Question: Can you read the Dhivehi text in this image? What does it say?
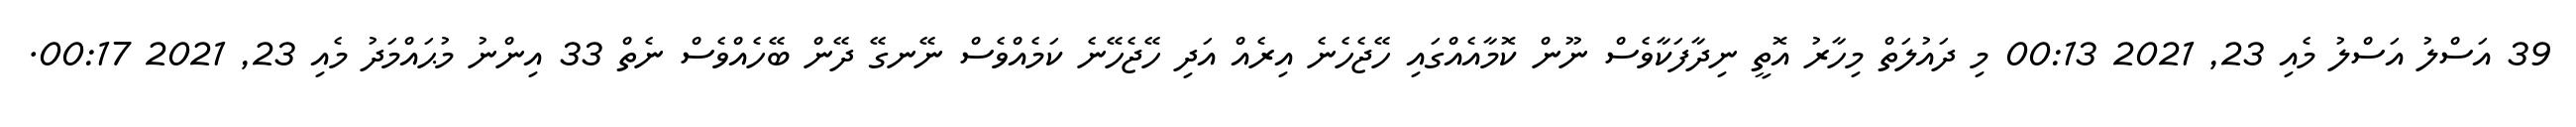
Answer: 39 އަސްލު އަސްލު މެއި 23, 2021 00:13 މި ދައުލަތް މިހާރު އޮތީ ނިދާފަކާވެސް ނޫން ކޮމާއެއްގައި ހޭޖެހެނެ އިރެއް އަދި ހޭޖެހޭނެ ކަމެއްވެސް ނޭނގޭ ދޭން ބޭހެއްވެސް ނެތް 33 އިންނު މުޙައްމަދު މެއި 23, 2021 00:17.